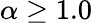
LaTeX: \alpha\geq 1.0